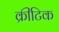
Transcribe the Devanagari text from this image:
क्रीटिक